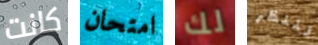
كانت امتحان لك لننظر